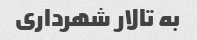
به تالار شهرداری